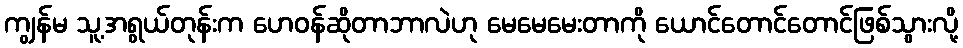
ကျွန်မ သူ့အရွယ်တုန်းက ဟေဝန်ဆိုတာဘာလဲဟု မေမေမေးတာကို ယောင်တောင်တောင်ဖြစ်သွားလို့